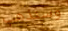
وسنذهب